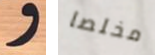
و مخلصا